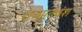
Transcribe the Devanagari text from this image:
राजपूतवंश